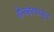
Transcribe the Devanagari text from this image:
डेन्व्हरपासून